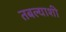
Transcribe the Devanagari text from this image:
तबल्याशी